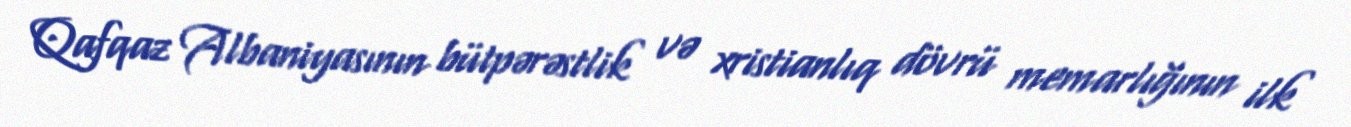
Qafqaz Albaniyasının bütpərəstlik və xristianlıq dövrü memarlığının ilk